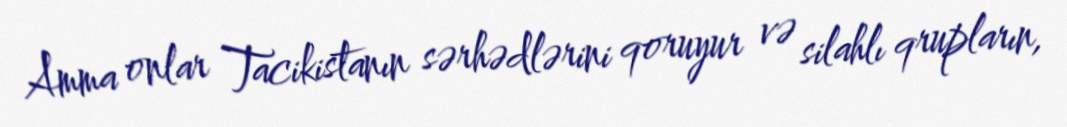
Amma onlar Tacikistanın sərhədlərini qoruyur və silahlı qrupların,